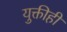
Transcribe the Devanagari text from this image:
युक्तीही